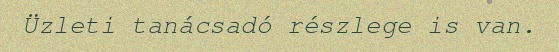
Üzleti tanácsadó részlege is van.